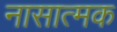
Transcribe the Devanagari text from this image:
नासात्मक